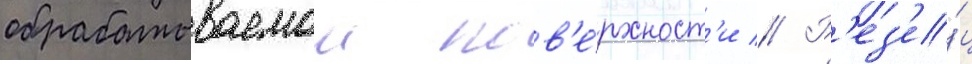
обрабатываемои пов'е́рхност'и // Р'ез'е́ц